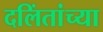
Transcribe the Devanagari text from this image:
दलिंतांच्या